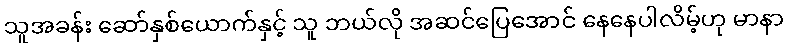
သူအခန်း ဆော်နှစ်ယောက်နှင့် သူ ဘယ်လို အဆင်ပြေအောင် နေနေပါလိမ့်ဟု မာနာ